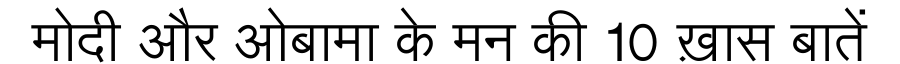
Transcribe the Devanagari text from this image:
मोदी और ओबामा के मन की 10 ख़ास बातें